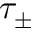
\tau _ { \pm }